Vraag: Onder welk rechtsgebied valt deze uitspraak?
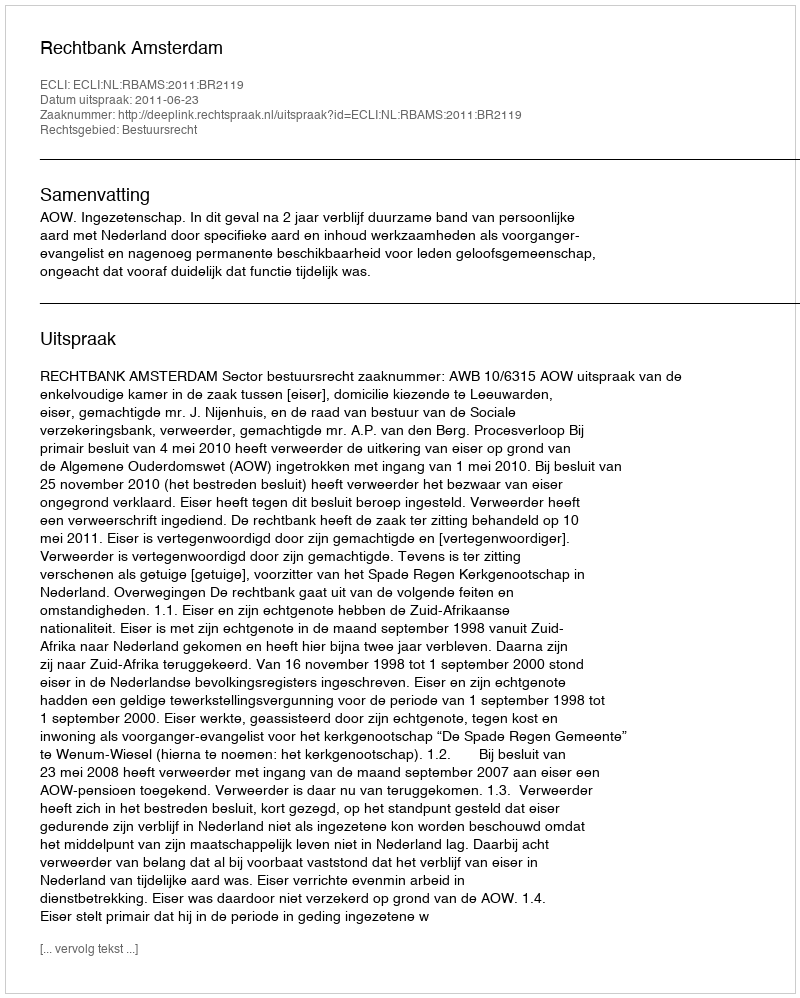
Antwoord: Bestuursrecht